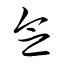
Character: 念